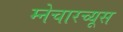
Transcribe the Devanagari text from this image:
म्नेचारच्यूस